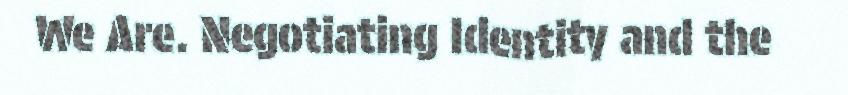
We Are. Negotiating Identity and the